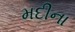
મદીના